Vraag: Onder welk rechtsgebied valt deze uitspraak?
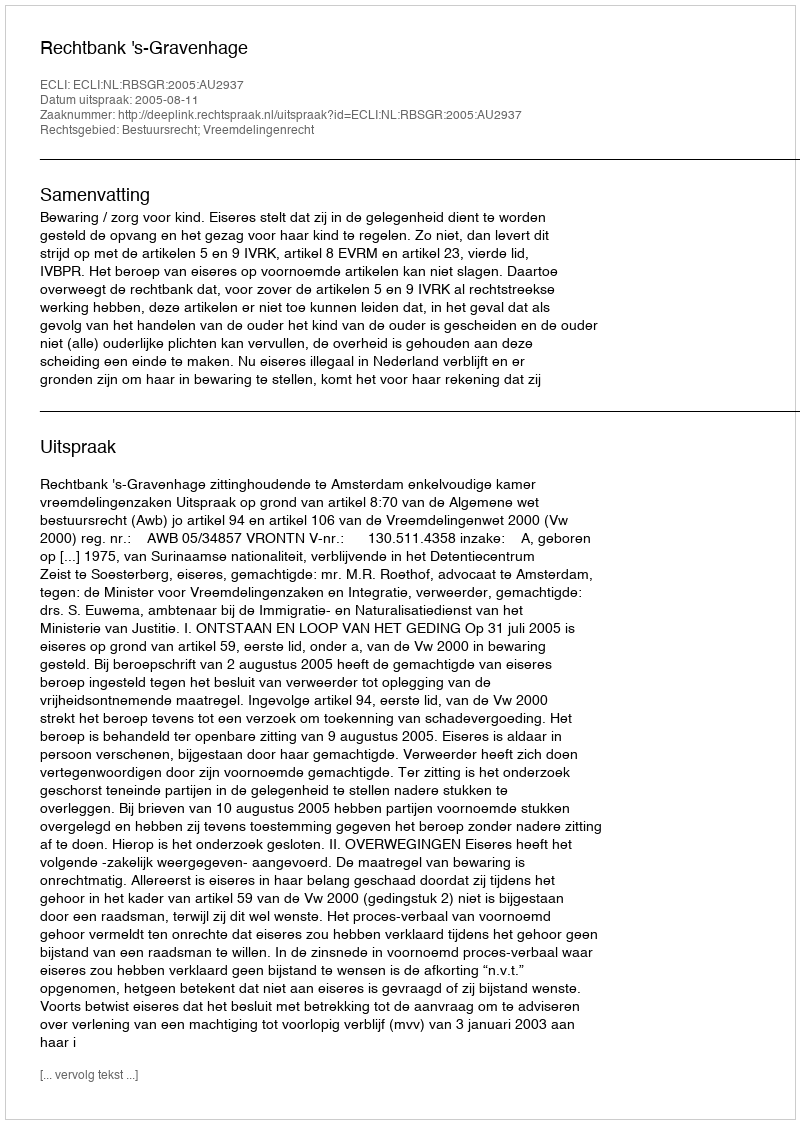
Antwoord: Bestuursrecht; Vreemdelingenrecht